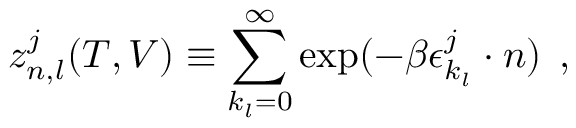
z _ { n , l } ^ { j } ( T , V ) \equiv \sum _ { k _ { l } = 0 } ^ { \infty } \exp ( - \beta \epsilon _ { k _ { l } } ^ { j } \cdot n ) \: \: ,